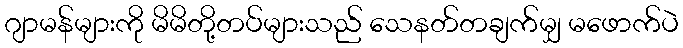
ဂျာမန်များကို မိမိတို့တပ်များသည် သေနတ်တချက်မျှ မဖောက်ပဲ